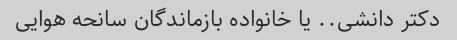
دکتر دانشی.. یا خانواده بازماندگان سانحه هوایی